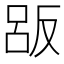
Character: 𠭤